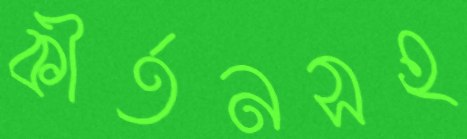
কীর্তনসহ